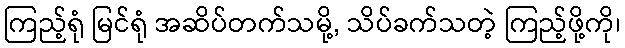
ကြည့်ရုံ မြင်ရုံ အဆိပ်တက်သမို့, သိပ်ခက်သတဲ့ ကြည့်ဖို့ကို၊